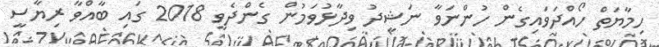
ހިމާޔަތް ހޯއްދަވައިގެން ހުންނަވާ ނަޝީދު ވިދާޅުވަމުން ގެންދެވީ 2018 ގައި ބާއްވާ ރިޔާސީ